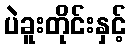
ပဲခူးတိုင်းနှင့်